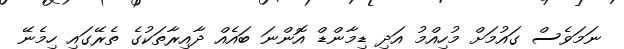
ނަމަވެސް ގައުމަށް މުހިއްމު އަދި ޑިމާންޑް އޮންނަ ބައެއް ދާއިރާތަކުގެ ތެރޭގައި ހިމެނޭ